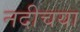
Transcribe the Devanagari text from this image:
नदीचया